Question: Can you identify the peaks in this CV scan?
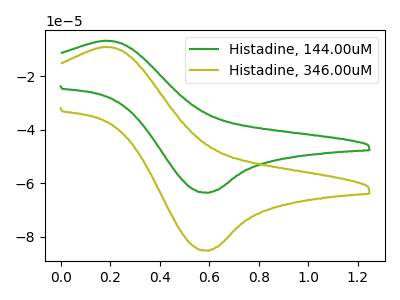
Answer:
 <answer>The green curve "Histadine, 144.00uM" has an anodic peak at (0.20V, -6.75uA) and a cathodic peak at (0.60V, -63.60uA). The olive curve "Histadine, 346.00uM" has an anodic peak at (0.20V, -9.05uA) and a cathodic peak at (0.60V, -85.25uA).</answer>
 <eval></eval>